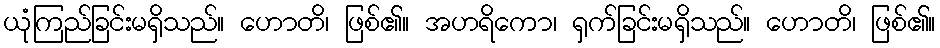
ယုံကြည်ခြင်းမရှိသည်။ ဟောတိ၊ ဖြစ်၏။ အဟရိကော၊ ရှက်ခြင်းမရှိသည်။ ဟောတိ၊ ဖြစ်၏။